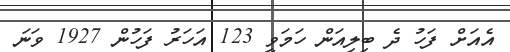
އެއަށް ފަހު ދެ ބިލިއަން ހަމަވީ 123 އަހަރު ފަހުން 1927 ވަނަ